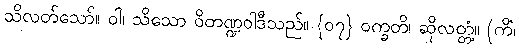
သိလတ်သော်။ ဝါ၊ သိသော ဝိတဏ္ဍဝါဒီသည်။ {၀၇} ဝက္ခတိ၊ ဆိုလတ္တံ့။ (ကိံ၊